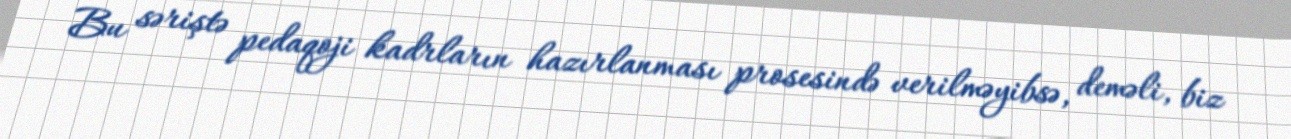
Bu səriştə pedaqoji kadrların hazırlanması prosesində verilməyibsə, deməli, biz